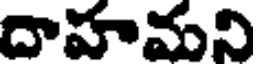
దాహమని